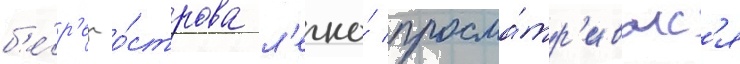
б'е́р'ег о́строва л'егко́ просма́тр'ивалс'я